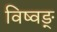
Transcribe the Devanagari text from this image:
विष्वङ्